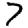
Digit: 7